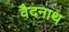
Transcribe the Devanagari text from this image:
वैदनाथ